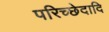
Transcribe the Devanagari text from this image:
परिच्छेदादि